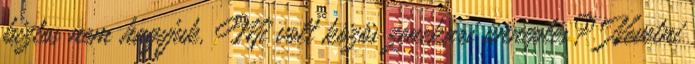
biztos nem hagyjuk. Mi volt közös zenekari ünneplés? Nevetni